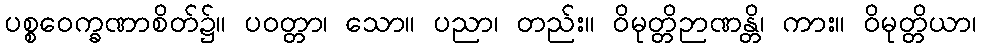
ပစ္စဝေက္ခဏာစိတ်၌။ ပဝတ္တာ၊ သော။ ပညာ၊ တည်း။ ဝိမုတ္တိဉာဏန္တိ၊ ကား။ ဝိမုတ္တိယာ၊